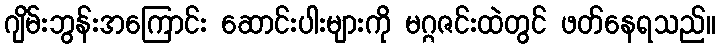
ဂျိမ်းဘွန်းအကြောင်း ဆောင်းပါးများကို မဂ္ဂဇင်းထဲတွင် ဖတ်နေရသည်။